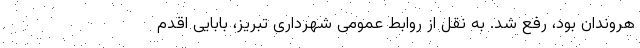
هروندان بود، رفع شد. به نقل از روابط عمومی شهرداری تبریز، بابایی اقدم